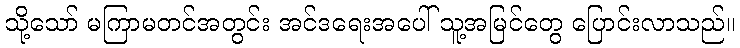
သို့သော် မကြာမတင်အတွင်း အင်ဒရေးအပေါ် သူ့အမြင်တွေ ပြောင်းလာသည်။